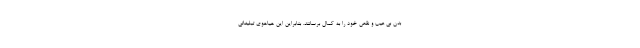
بدن بی عیب و نقص خود را به کمال برسانند. بنابراین این هیاهوی تبلیغاتی